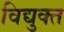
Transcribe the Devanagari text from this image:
विद्युक्त